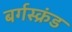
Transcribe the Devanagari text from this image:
बर्गस्क्रंड